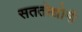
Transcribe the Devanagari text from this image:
सततोद्योगी